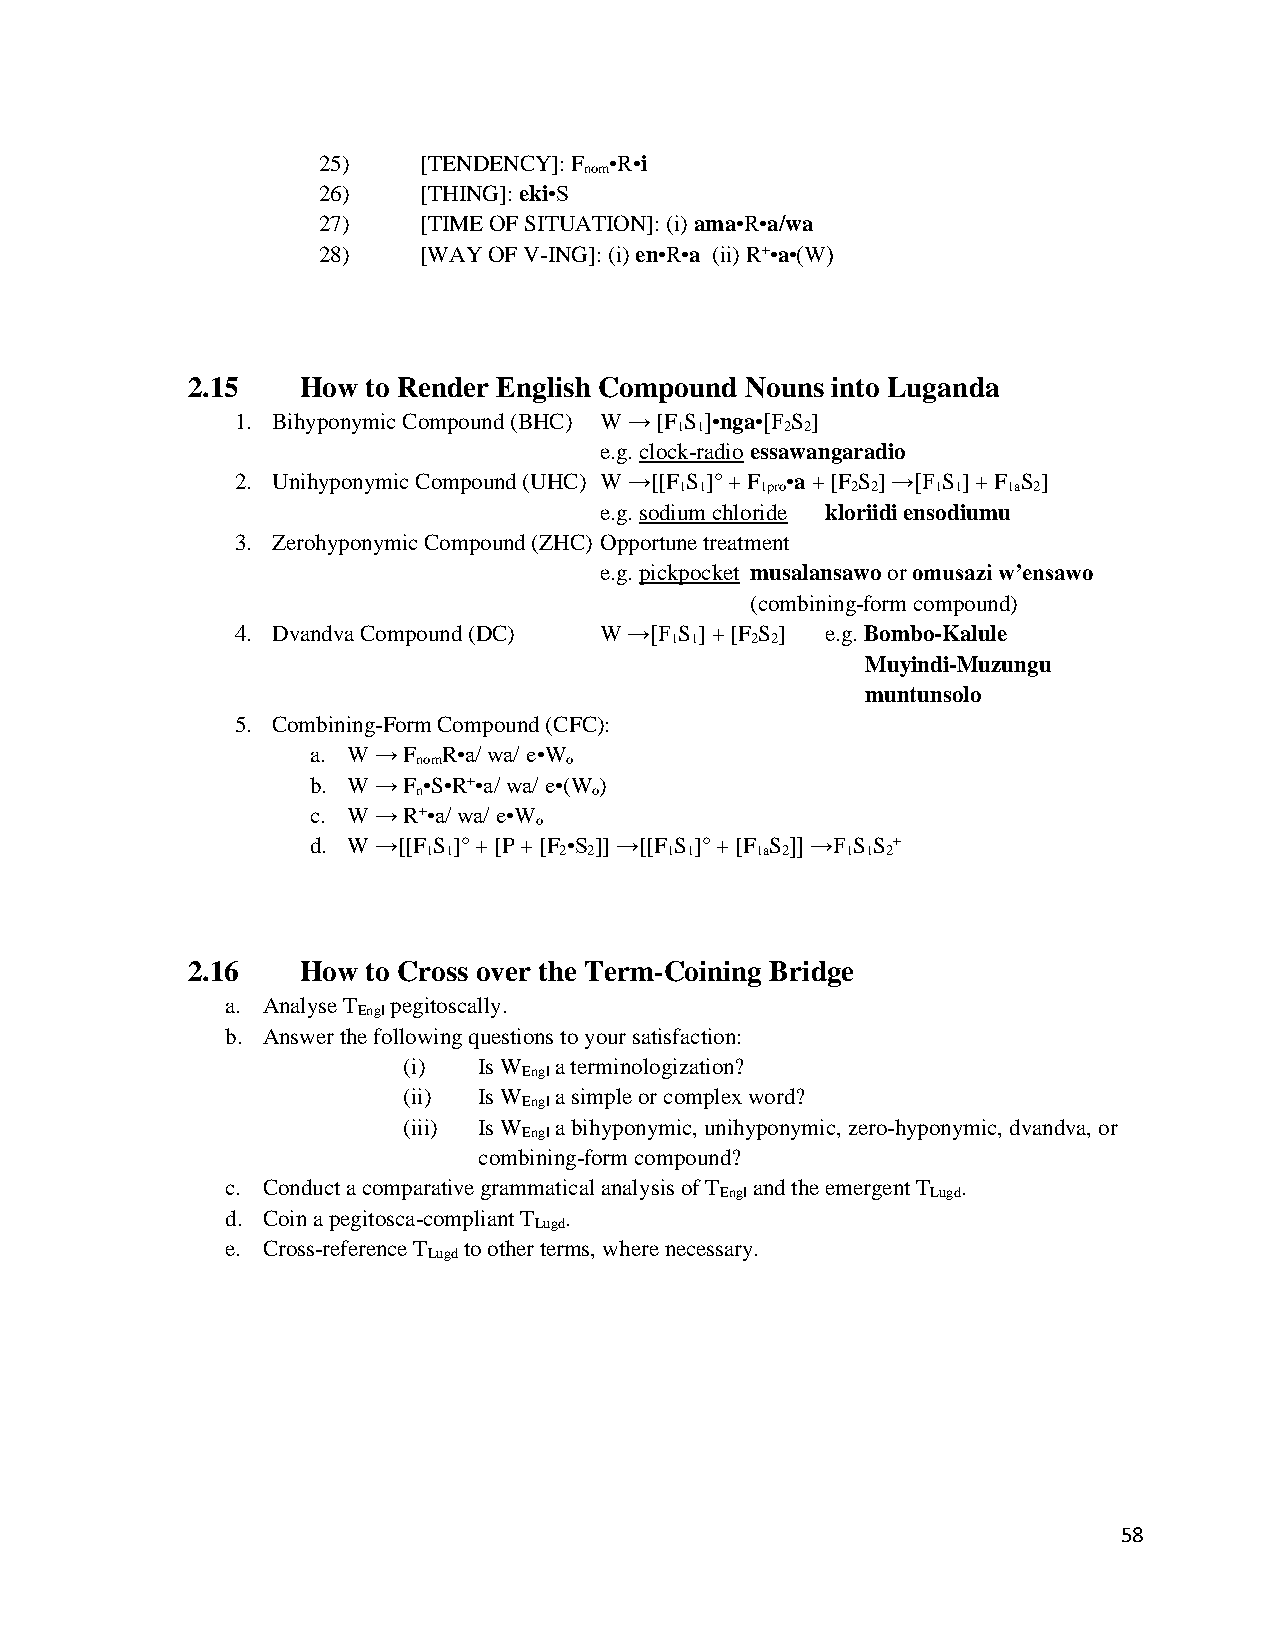
25)    [TENDENCY]: F •R•i
 nom
 26)    [THING]: eki•S
 27)    [TIME OF SITUATION]: (i) ama•R•a/wa
 28)    [WAY OF V-ING]: (i) en•R•a (ii) R+•a•(W)
 2.15    How to Render English Compound Nouns into Luganda
 1. Bihyponymic Compound (BHC) W → [F S ]•nga•[F S ]
 1 1    2 2
 e.g. clock-radio essawangaradio
 2. Unihyponymic Compound (UHC) W →[[F S ]° + F •a + [F S ] →[F S ] + F S ]
 1 1  1pro  2 2   1 1  1a 2
 e.g. sodium chloride kloriidi ensodiumu
 3. Zerohyponymic Compound (ZHC) Opportune treatment
 e.g. pickpocket musalansawo or omusazi w’ensawo
 (combining-form compound)
 4. Dvandva Compound (DC) W →[F S ] + [F S ] e.g. Bombo-Kalule
 1 1   2 2
 Muyindi-Muzungu
 muntunsolo
 5. Combining-Form Compound (CFC):
 a. W → F R•a/ wa/ e•W
 nom      o
 b. W → F •S•R+•a/ wa/ e•(W )
 n          o
 c. W → R+•a/ wa/ e•W
 o
 d. W →[[F S ]° + [P + [F •S ]] →[[F S ]° + [F S ]] →F S S +
 1 1      2 2    1 1   1a 2  1 1 2
 2.16    How to Cross over the Term-Coining Bridge
 a. Analyse T pegitoscally.
 Engl
 b. Answer the following questions to your satisfaction:
 (i)  Is W a terminologization?
 Engl
 (ii) Is W a simple or complex word?
 Engl
 (iii) Is W a bihyponymic, unihyponymic, zero-hyponymic, dvandva, or
 Engl
 combining-form compound?
 c. Conduct a comparative grammatical analysis of T and the emergent T .
 Engl          Lugd
 d. Coin a pegitosca-compliant T .
 Lugd
 e. Cross-reference T to other terms, where necessary.
 Lugd
 58